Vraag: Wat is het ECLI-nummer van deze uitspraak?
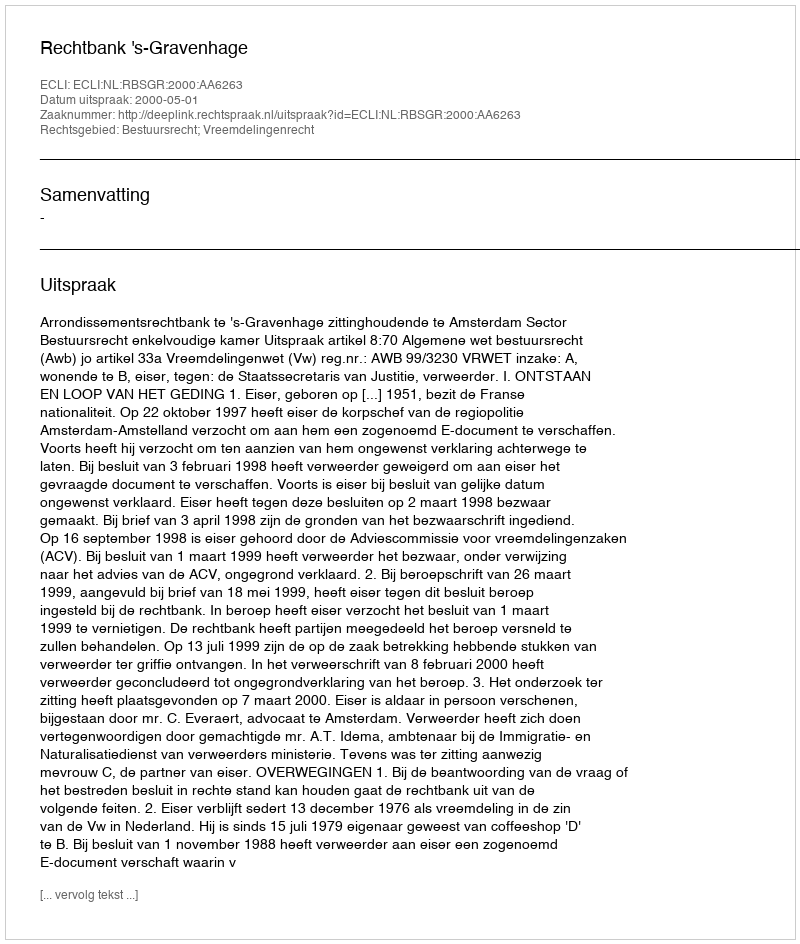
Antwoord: ECLI:NL:RBSGR:2000:AA6263